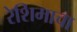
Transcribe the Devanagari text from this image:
रेशिमाचा